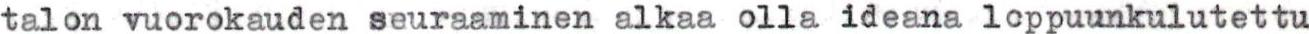
talon vuorokauden seuraaminen alkaa olla ideana loppuunkulutettu